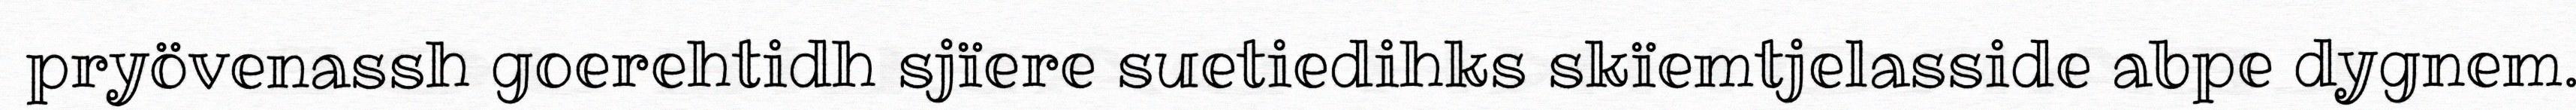
pryövenassh goerehtidh sjïere suetiedihks skïemtjelasside abpe dygnem.